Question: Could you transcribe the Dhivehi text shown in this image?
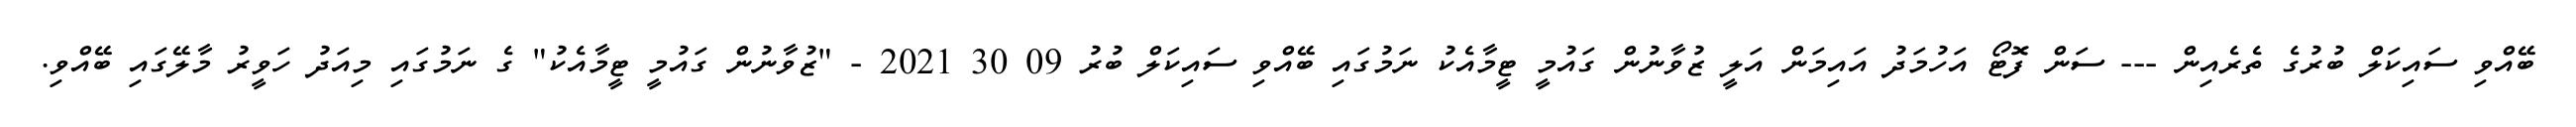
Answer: ބޭއްވި ސައިކަލް ބުރުގެ ތެރެއިން --- ސަން ފޮޓޯ އަހުމަދު އައިމަން އަލީ ޒުވާނުން ގައުމީ ޓީމާއެކު ނަމުގައި ބޭއްވި ސައިކަލް ބުރު 09 30 2021 - "ޒުވާނުން ގައުމީ ޓީމާއެކު" ގެ ނަމުގައި މިއަދު ހަވީރު މާލޭގައި ބޭއްވި.